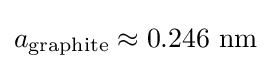
a_{\text{graphite}}\approx 0.246\ {\text{nm}}